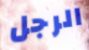
الرجل